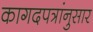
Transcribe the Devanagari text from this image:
कागदपत्रांनुसार